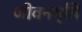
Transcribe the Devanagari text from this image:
जीवनभृति